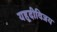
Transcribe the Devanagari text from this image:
यहूदीविजय